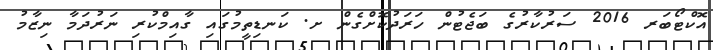
އޮކްޓޯބަރ 2016 ސަރުކާރުގެ ބަޖެޓުން ހަރަދުކޮށްގެން ށ. ކަނޑިތީމުގައި ގާއިމްކުރި ނަރުދަމާ ނިޒާމު